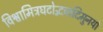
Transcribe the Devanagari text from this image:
विश्वामित्रघटोद्भवादिमुनयो